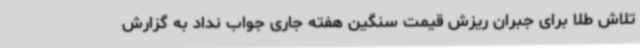
تلاش طلا برای جبران ریزش قیمت سنگین هفته جاری جواب نداد به گزارش